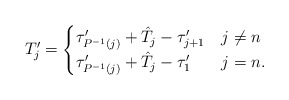
\begin{align*}T_j'=\begin{cases} \tau'_{P^{-1}(j)}+\hat T_{j}-\tau'_{j+1}&j\ne n \\\tau'_{P^{-1}(j)}+\hat T_{j}-\tau'_1&j=n. \end{cases} \end{align*}